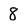
Character: 8